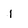
Character: l